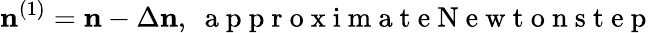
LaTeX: {\mathbf n}^{(1)}={\mathbf n}-\Delta{\mathbf n},~\mathrm{~a~p~p~r~o~x~i~m~a~t~e~N~e~w~t~o~n~s~t~e~p~}